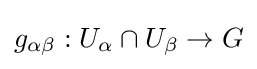
g_{\alpha \beta }:U_{\alpha }\cap U_{\beta }\to G